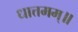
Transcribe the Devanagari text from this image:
धात्तमम्‌॥